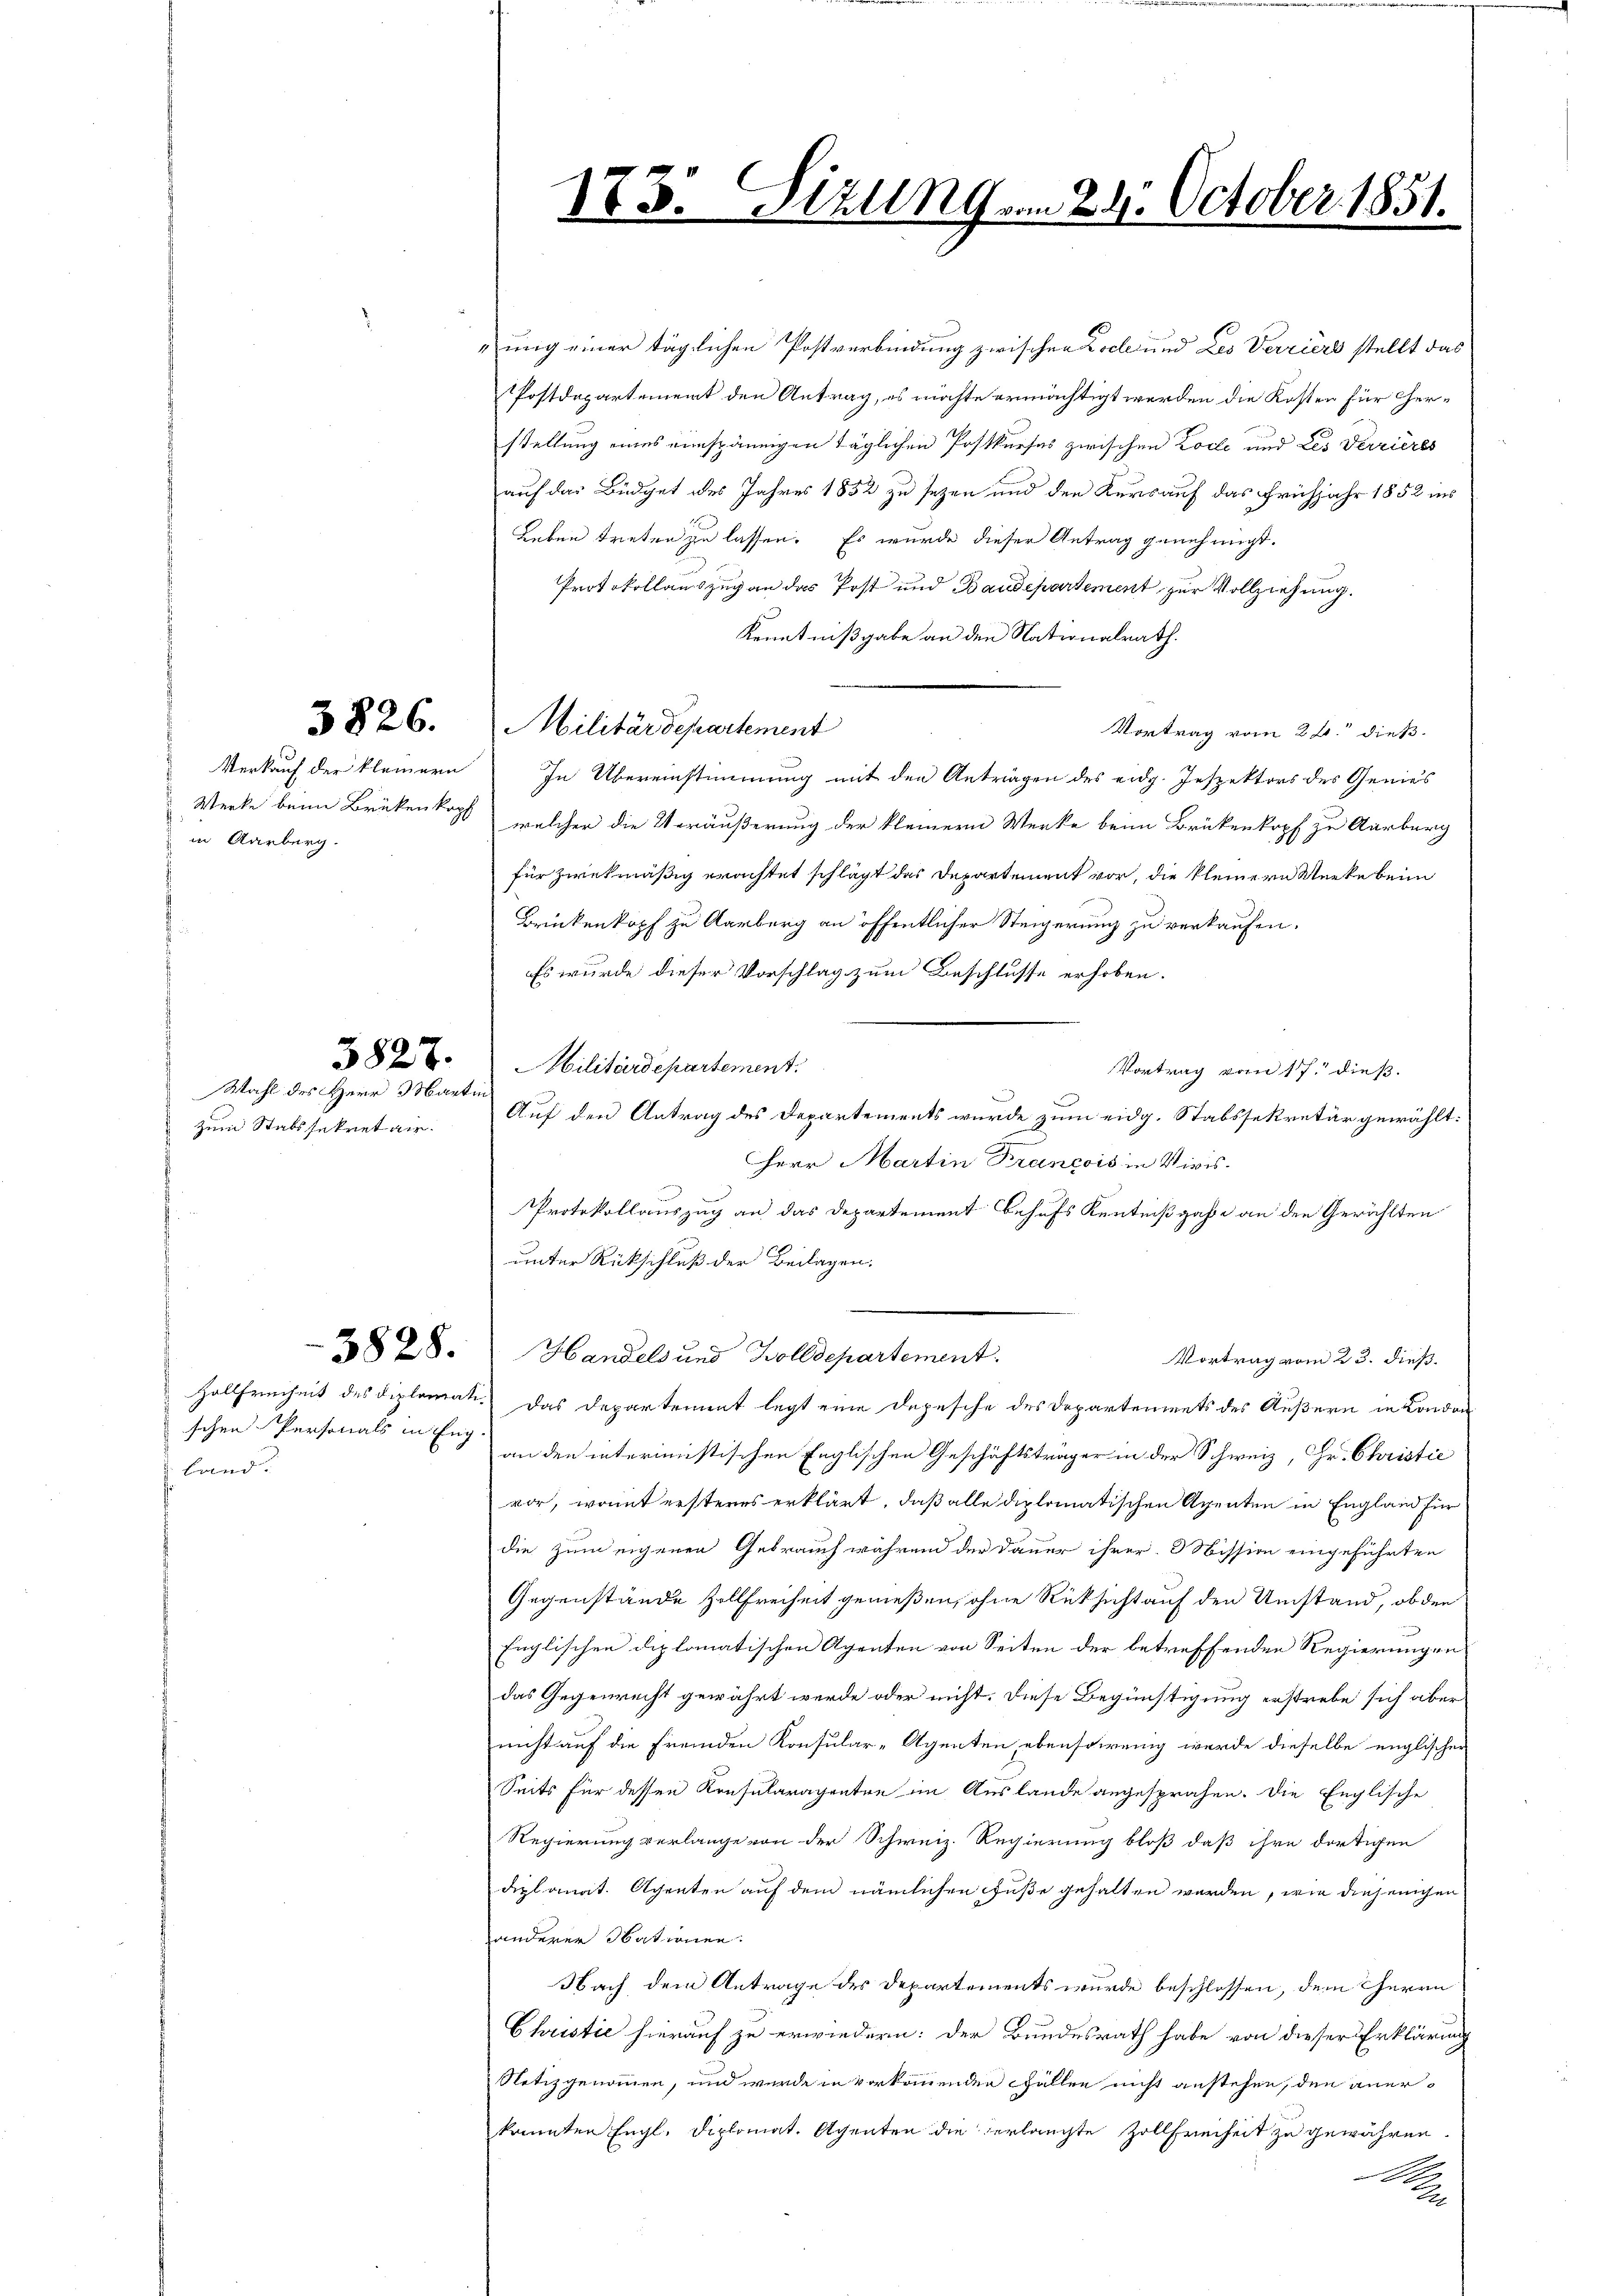
5826.

Verkauf der kleinern
in Aarberg.

zum Stabssekretair

3827.
Wahl des Herr Martin

schen Personals in Eng
land.

3828.

Militärdepartement

12.

Sizung am 24. October 1851.

nung einer täglichen Postverbindung zwischen Loche und Les Verriers stellt das
Postdepartement den Antrag, es möchte ermächtigt werden die Kosten für herstellung eines einspännigen täglichen Postkurses zwischen Loche und Les Verrieres
auf das Büdget des Jahres 1852 zu sezen und den Kurs auf das Frühjahr 1852 ins
Leben treten zu lassen. Es wurde dieser Antrag genehmigt.
Protokollauszug an das Post und Baudepartement zur Vollziehung.
Kenntnißgabe an den Nationalrath.
Vortrag vom 26. dieß.
In Übereinstimmung mit den Anträgen des eidg. Inspektors des Genies
Werke beim Brükenkopf, welcher die Veräußerung der kleinern Werke beim Brükenkopf zu Aarburg
für zwekmäßig erachtet schlägt das Departement vor, die kleinern Werke beim
Brückenkopf zu Aarberg an öffentlicher Steigerung zu verkaufen.
Es wurde dieser Vorschlag zum Beschlusse erhoben.
Militärdepartement.
Vortrag vom 17. dieß.
Auf den Antrag des Departements wurde zum eidg. Stabssekretär gewählt:
Herr Martin Krancois in Vivis.
Protokollauszug an das Departement Behufs Kentnißgabe an den Gewählten
unter Rückschluß der Beilagen.
Handels und Zolldepartement.
Vortrag vom 23. dieß.
Hollfreiheit des Diplomati das Departement legt eine Depesche des Departements des Äußern in London
an den interimistischen Englischen Geschäftsträger in der Schweiz, Hr. Christie
vor, womit ersteres erklärt, daß alle diplomatischen Agenten in England für
die zum eigenen Gebrauch während der Dauer ihrer 3 Sission eingeführten
Gegenstände Zollfreiheit genießen, ohne Rücksicht auf den Umstand, ob den
Englischen diplomatischen Agenten von Seiten der betreffenden Regierungen
das Gegenrecht gewährt werde oder nicht. Diese Begünstigung erstrebe sich aber
nicht auf die fremden Konsular-Agenten, ebensowenig werde dieselbe englischer
Seits für dessen Konsularagenten im Auslande angesprochen. Die Englische
Regierung verlange von der Schweiz. Regierung bloß daß ihre dortigen
diplomat. Achenten auf dem nämlichen Fuße gehalten werden, wie diejenigen
anderer Obationen.
Nach dem Antrage des Departements wurde beschlossen, dem Herrn
Christie hierauf zu erwiedern: der Bundesrath habe von dieser Erklärung
Notizgenommen, und wurde in vorkommenden Fällen nicht anstehen, den anerkannten Engl. diplomat. Agenten die verlangte Zollfreiheit zu gewähren.
A